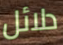
دلائل